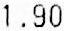
1.90